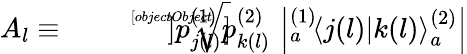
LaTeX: A_{l}\equiv\sqrt[[objectObject]]]{p_{j(l)}^{(1)}p_{k(l)}^{(2)}}\, \left|{}_{a}^{(1)}\! \left\langle{j(l)}|{k(l)}\right\rangle_{a}^{(2)}\right|